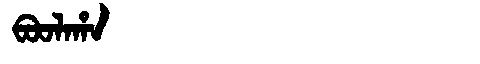
Manchu: ᠪᠣᠣᠯᠠᡥᠠ
Romanization: BOOLAHA